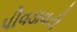
પીવડાવતી